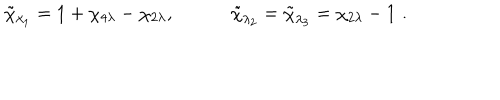
\tilde { \chi } _ { \lambda _ { 1 } } = 1 + \chi _ { 4 \lambda } - \chi _ { 2 \lambda } , \quad \qquad \tilde { \chi } _ { \lambda _ { 2 } } = \tilde { \chi } _ { \lambda _ { 3 } } = \chi _ { 2 \lambda } - 1 { \, \, } .